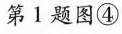
第1题图④